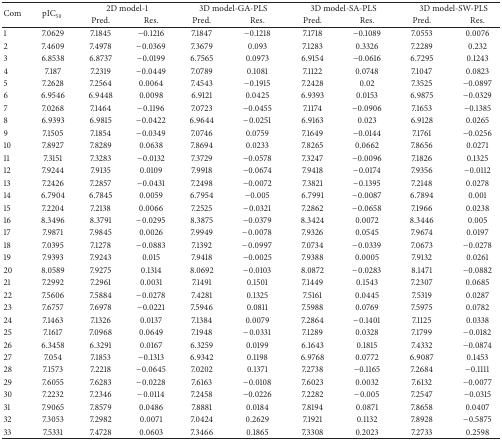
<table><thead><tr><td rowspan="2"><b>Com</b></td><td rowspan="2"><b>pIC<sub>50</sub></b></td><td colspan="2"><b>2D model-1</b></td><td colspan="2"><b>3D model-GA-PLS</b></td><td colspan="2"><b>3D model-SA-PLS</b></td><td colspan="2"><b>3D model-SW-PLS</b></td></tr><tr><td><b>Pred.</b></td><td><b>Res.</b></td><td><b>Pred.</b></td><td><b>Res.</b></td><td><b>Pred.</b></td><td><b>Res.</b></td><td><b>Pred.</b></td><td><b>Res.</b></td></tr></thead><tbody><tr><td>1</td><td>7.0629</td><td>7.1845</td><td>−0.1216</td><td>7.1847</td><td>−0.1218</td><td>7.1718</td><td>−0.1089</td><td>7.0553</td><td>0.0076</td></tr><tr><td>2</td><td>7.4609</td><td>7.4978</td><td>−0.0369</td><td>7.3679</td><td>0.093</td><td>7.1283</td><td>0.3326</td><td>7.2289</td><td>0.232</td></tr><tr><td>3</td><td>6.8538</td><td>6.8737</td><td>−0.0199</td><td>6.7565</td><td>0.0973</td><td>6.9154</td><td>−0.0616</td><td>6.7295</td><td>0.1243</td></tr><tr><td>4</td><td>7.187</td><td>7.2319</td><td>−0.0449</td><td>7.0789</td><td>0.1081</td><td>7.1122</td><td>0.0748</td><td>7.1047</td><td>0.0823</td></tr><tr><td>5</td><td>7.2628</td><td>7.2564</td><td>0.0064</td><td>7.4543</td><td>−0.1915</td><td>7.2428</td><td>0.02</td><td>7.3525</td><td>−0.0897</td></tr><tr><td>6</td><td>6.9546</td><td>6.9448</td><td>0.0098</td><td>6.9121</td><td>0.0425</td><td>6.9393</td><td>0.0153</td><td>6.9875</td><td>−0.0329</td></tr><tr><td>7</td><td>7.0268</td><td>7.1464</td><td>−0.1196</td><td>7.0723</td><td>−0.0455</td><td>7.1174</td><td>−0.0906</td><td>7.1653</td><td>−0.1385</td></tr><tr><td>8</td><td>6.9393</td><td>6.9815</td><td>−0.0422</td><td>6.9644</td><td>−0.0251</td><td>6.9163</td><td>0.023</td><td>6.9128</td><td>0.0265</td></tr><tr><td>9</td><td>7.1505</td><td>7.1854</td><td>−0.0349</td><td>7.0746</td><td>0.0759</td><td>7.1649</td><td>−0.0144</td><td>7.1761</td><td>−0.0256</td></tr><tr><td>10</td><td>7.8927</td><td>7.8289</td><td>0.0638</td><td>7.8694</td><td>0.0233</td><td>7.8265</td><td>0.0662</td><td>7.8656</td><td>0.0271</td></tr><tr><td>11</td><td>7.3151</td><td>7.3283</td><td>−0.0132</td><td>7.3729</td><td>−0.0578</td><td>7.3247</td><td>−0.0096</td><td>7.1826</td><td>0.1325</td></tr><tr><td>12</td><td>7.9244</td><td>7.9135</td><td>0.0109</td><td>7.9918</td><td>−0.0674</td><td>7.9418</td><td>−0.0174</td><td>7.9356</td><td>−0.0112</td></tr><tr><td>13</td><td>7.2426</td><td>7.2857</td><td>−0.0431</td><td>7.2498</td><td>−0.0072</td><td>7.3821</td><td>−0.1395</td><td>7.2148</td><td>0.0278</td></tr><tr><td>14</td><td>6.7904</td><td>6.7845</td><td>0.0059</td><td>6.7954</td><td>−0.005</td><td>6.7991</td><td>−0.0087</td><td>6.7894</td><td>0.001</td></tr><tr><td>15</td><td>7.2204</td><td>7.2138</td><td>0.0066</td><td>7.2525</td><td>−0.0321</td><td>7.2862</td><td>−0.0658</td><td>7.1966</td><td>0.0238</td></tr><tr><td>16</td><td>8.3496</td><td>8.3791</td><td>−0.0295</td><td>8.3875</td><td>−0.0379</td><td>8.3424</td><td>0.0072</td><td>8.3446</td><td>0.005</td></tr><tr><td>17</td><td>7.9871</td><td>7.9845</td><td>0.0026</td><td>7.9949</td><td>−0.0078</td><td>7.9326</td><td>0.0545</td><td>7.9674</td><td>0.0197</td></tr><tr><td>18</td><td>7.0395</td><td>7.1278</td><td>−0.0883</td><td>7.1392</td><td>−0.0997</td><td>7.0734</td><td>−0.0339</td><td>7.0673</td><td>−0.0278</td></tr><tr><td>19</td><td>7.9393</td><td>7.9243</td><td>0.015</td><td>7.9418</td><td>−0.0025</td><td>7.9388</td><td>0.0005</td><td>7.9132</td><td>0.0261</td></tr><tr><td>20</td><td>8.0589</td><td>7.9275</td><td>0.1314</td><td>8.0692</td><td>−0.0103</td><td>8.0872</td><td>−0.0283</td><td>8.1471</td><td>−0.0882</td></tr><tr><td>21</td><td>7.2992</td><td>7.2961</td><td>0.0031</td><td>7.1491</td><td>0.1501</td><td>7.1449</td><td>0.1543</td><td>7.2307</td><td>0.0685</td></tr><tr><td>22</td><td>7.5606</td><td>7.5884</td><td>−0.0278</td><td>7.4281</td><td>0.1325</td><td>7.5161</td><td>0.0445</td><td>7.5319</td><td>0.0287</td></tr><tr><td>23</td><td>7.6757</td><td>7.6978</td><td>−0.0221</td><td>7.5946</td><td>0.0811</td><td>7.5988</td><td>0.0769</td><td>7.5975</td><td>0.0782</td></tr><tr><td>24</td><td>7.1463</td><td>7.1326</td><td>0.0137</td><td>7.1384</td><td>0.0079</td><td>7.2864</td><td>−0.1401</td><td>7.1125</td><td>0.0338</td></tr><tr><td>25</td><td>7.1617</td><td>7.0968</td><td>0.0649</td><td>7.1948</td><td>−0.0331</td><td>7.1289</td><td>0.0328</td><td>7.1799</td><td>−0.0182</td></tr><tr><td>26</td><td>6.3458</td><td>6.3291</td><td>0.0167</td><td>6.3259</td><td>0.0199</td><td>6.1643</td><td>0.1815</td><td>7.4332</td><td>−0.0874</td></tr><tr><td>27</td><td>7.054</td><td>7.1853</td><td>−0.1313</td><td>6.9342</td><td>0.1198</td><td>6.9768</td><td>0.0772</td><td>6.9087</td><td>0.1453</td></tr><tr><td>28</td><td>7.1573</td><td>7.2218</td><td>−0.0645</td><td>7.0202</td><td>0.1371</td><td>7.2738</td><td>−0.1165</td><td>7.2684</td><td>−0.1111</td></tr><tr><td>29</td><td>7.6055</td><td>7.6283</td><td>−0.0228</td><td>7.6163</td><td>−0.0108</td><td>7.6023</td><td>0.0032</td><td>7.6132</td><td>−0.0077</td></tr><tr><td>30</td><td>7.2232</td><td>7.2346</td><td>−0.0114</td><td>7.2458</td><td>−0.0226</td><td>7.2282</td><td>−0.005</td><td>7.2547</td><td>−0.0315</td></tr><tr><td>31</td><td>7.9065</td><td>7.8579</td><td>0.0486</td><td>7.8881</td><td>0.0184</td><td>7.8194</td><td>0.0871</td><td>7.8658</td><td>0.0407</td></tr><tr><td>32</td><td>7.3053</td><td>7.2982</td><td>0.0071</td><td>7.0424</td><td>0.2629</td><td>7.1921</td><td>0.1132</td><td>7.8928</td><td>−0.5875</td></tr><tr><td>33</td><td>7.5331</td><td>7.4728</td><td>0.0603</td><td>7.3466</td><td>0.1865</td><td>7.3308</td><td>0.2023</td><td>7.2733</td><td>0.2598</td></tr></tbody></table>